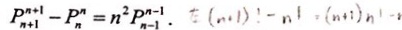
P _ { n + 1 } ^ { n + 1 } - P _ { n } ^ { n } = n ^ { 2 } P _ { n - 1 } ^ { n - 1 } .